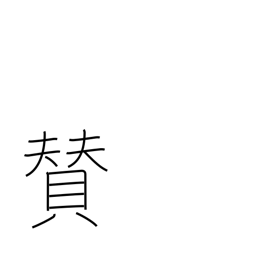
Meaning: title or inscription on picture